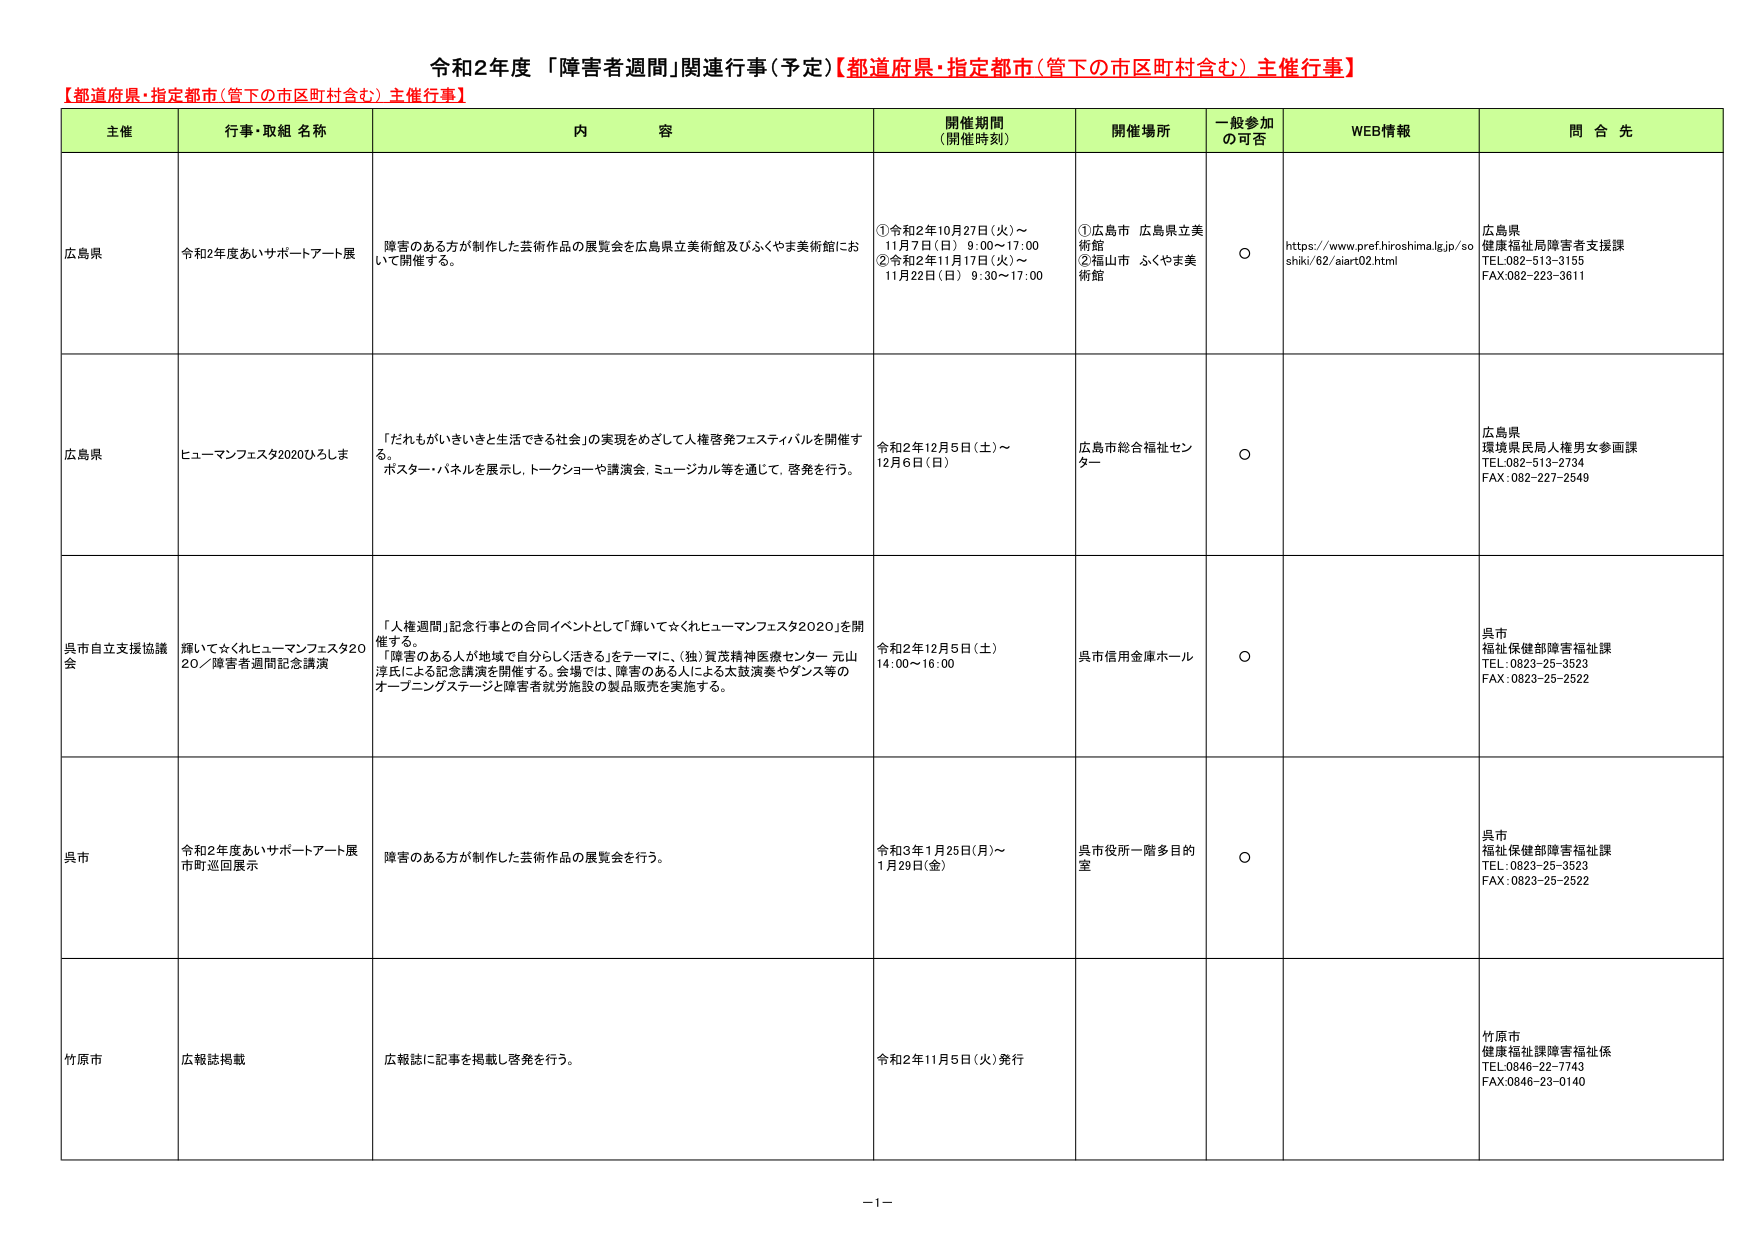
令和2年度「障害者週間」関連行事（予定）【都道府県・指定都市（管下の市区町村含む）主催行事】
【都道府県・指定都市（管下の市区町村含む）主催行事】
主催 行事・取組 名称 内 容 開催期間 （開催時刻） 開催場所 一般参加 の可否 WEB情報 問 合 先
広島県 令和2年度あいサポートアート展 障害のある方が制作した芸術作品の展覧会を広島県立美術館及びふくやま美術館において開催する。 ①令和2年10月27日（火）～ 11月7日（日） 9:00～17:00 ②令和2年11月17日（火）～ 11月22日（日） 9:30～17:00 ①広島市 広島県立美術館 ②福山市 ふくやま美術館 ○ https://www.pref.hiroshima.lg.jp/so shiki/62/aiart02.html 広島県 健康福祉局障害者支援課 TEL:082-513-3155 FAX:082-223-3611
広島県 ヒューマンフェスタ2020ひろしま 「だれもがいきいきと生活できる社会」の実現をめざして人権啓発フェスティバルを開催する。 ポスター・パネルを展示し、トークショーや講演会、ミュージカル等を通じて、啓発を行う。 令和2年12月5日（土）～ 12月6日（日） 広島市総合福祉センター ○ 広島県 環境県民局人権男女参画課 TEL:082-513-2734 FAX: 082-227-2549
呉市自立支援協議会 輝いて☆くれヒューマンフェスタ20 20／障害者週間記念講演 「人権週間」記念行事との合同イベントとして「輝いて☆くれヒューマンフェスタ2020」を開催する。 「障害のある人が地域で自分らしく生きる」をテーマに、（独）賀茂精神医療センター 元山淳氏による記念講演を開催する。会場では、障害のある人による太鼓演奏やダンス等のオープニングステージと障害者就労施設の製品販売を実施する。 令和2年12月5日（土） 14:00～16:00 呉市信用金庫ホール ○ 呉市 福祉保健部障害福祉課 TEL: 0823-25-3523 FAX: 0823-25-2522
呉市 令和2年度あいサポートアート展 市町巡回展示 障害のある方が制作した芸術作品の展覧会を行う。 令和3年1月25日（月）～ 1月29日（金） 呉市役所一階多目的室 ○ 呉市 福祉保健部障害福祉課 TEL: 0823-25-3523 FAX: 0823-25-2522
竹原市 広報誌掲載 広報誌に記事を掲載し啓発を行う。 令和2年11月5日（火）発行 竹原市 健康福祉課障害福祉係 TEL:0846-22-7743 FAX:0846-23-0140
－1－